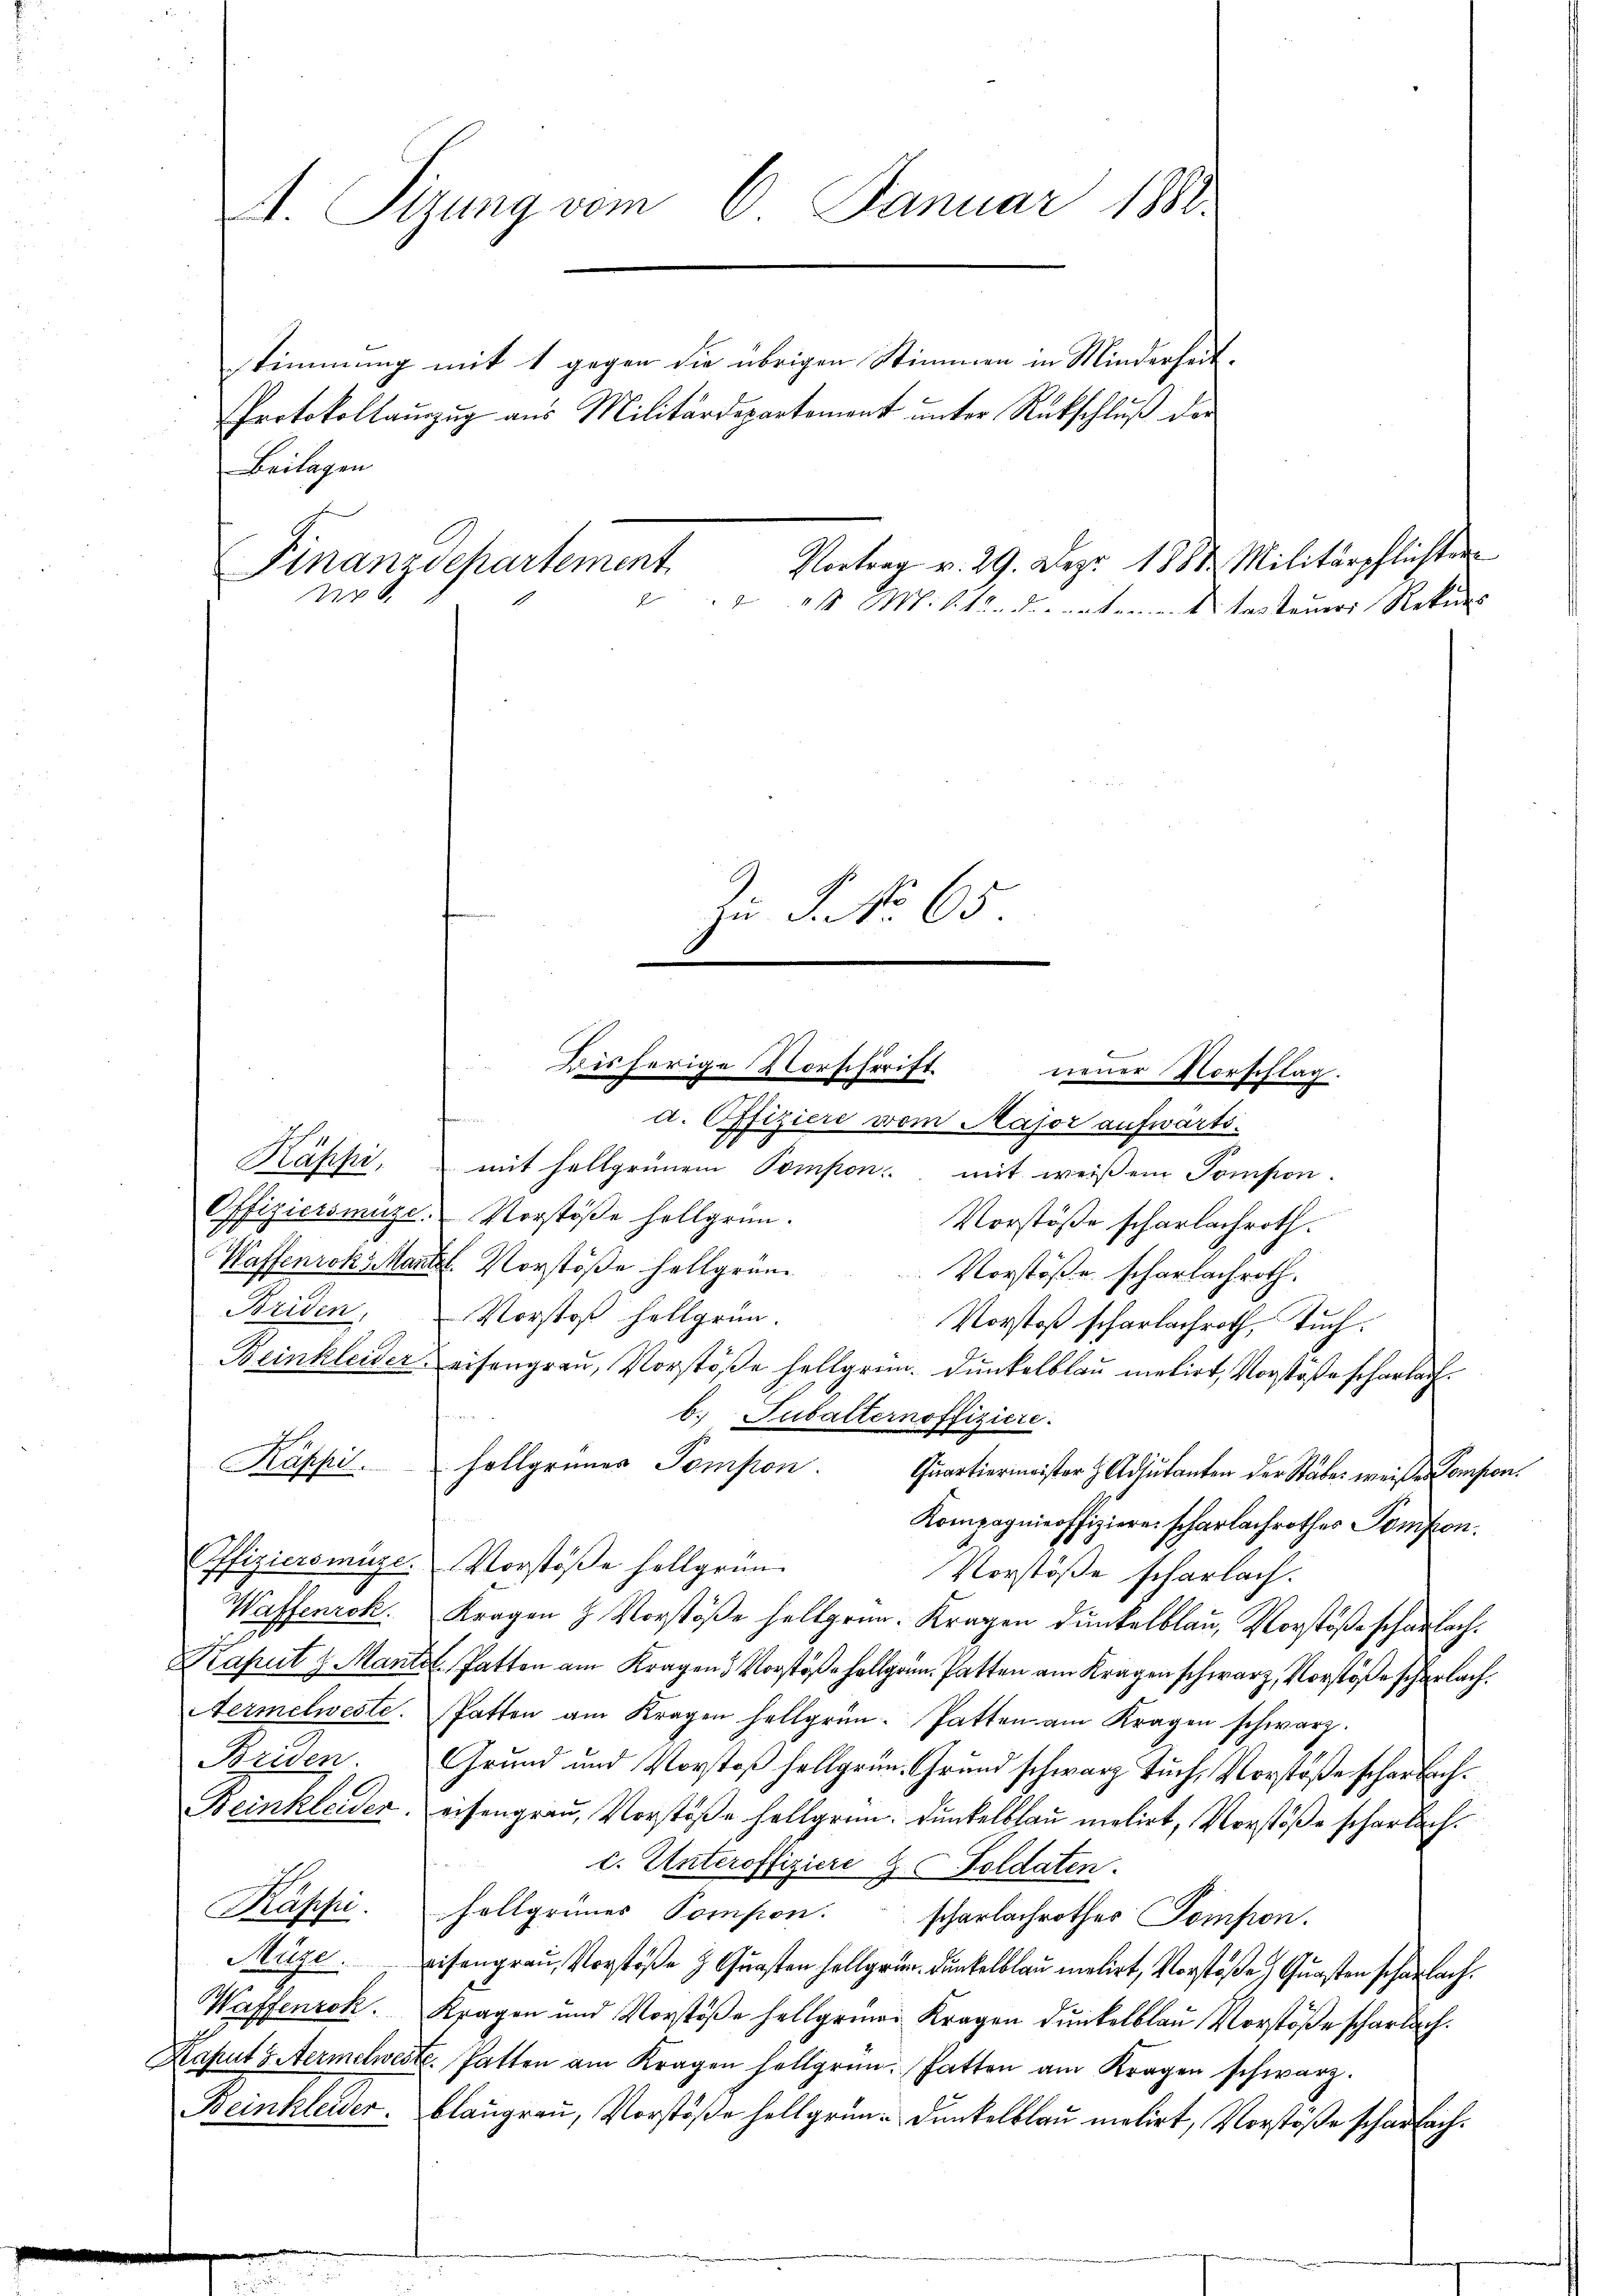
Kapsi.

A. Sizung vom 6. Januar 1888.
Protokollauzug aus Militärdepartement unter Rückschluß der
Beilagen
Vortrag v. 29. Dez. 1888 Militärpflichter
Finanzdepartement
R
1 M. Stunderentement testeuer Rekurs

Briden,

Briden

Zu §. No 65.

Käppi, mit hellgrünem Pompon mit weißem Pompion.
Offiziersmüze. Vorstöße hellgrün¬
Vorstöße scharlachroth.
Waffenrok, Mantel. Vorstöße hellgrün¬
Vorstöße scharlachroth.
Vorstoß hellgrün¬
Vorstoß scharlachroth, Tuch.
Beinkleider eisengrau, Vorstöße hellgrün Dunkelblau melirt, Vorstoße scharlach
b. Subalternoffiziere.
Káppi.  Hollgrünes Pompion. Quartiermeister z. Adjutanten der Stäbe weiße Compon¬
Kompagnieoffiziere scharlachrother Pompon.
Offiziersmüze: Vorstöße hellgrün¬
Vorstöße scharlach.
Waffenrok. Kragen H. Vorstöße hellgrün- Kragen dunkelblau, Vorstöße scharlach.
Kaput z. Mantet hatten am Kragen Vorstöβe hollgan. Patten am Kragen schwarz, Vorstöße scherlach.
Aermelweste. Patten am Kragen hellgrün- Patten am Kragen schwarz.
Grund und Vorstoß hellgrün Grund schwarz Tuch, Vorstöße schon Bach¬
Beinkleider. eisengrau, Vorstöße hellgrün- Dunkelblau melirt, Vorstöße scharlach.
c. Unteroffiziere Foldaten.
hellgrünes Pomson scharlachrothes Pompon.
Müge. Eisengrau, Vorstöße u Gunsten hellgrün dunkelblau melirt, Vorstoße, Quasten scharlach.
Waffenrok. Kragen und Vorstöβe hellgemein Kragen dunkelblau Vorstöβe scharlach.
Kaput 8 Aermelweste. Patten am Kragen hellgrün- hatten am Kragen schwarz.
Beinkleider. Bläugrau, Vorstöße hellgrün- Dunkelblau melirt, Vorstöße scharlach¬

stimmung mit 1 gegen die übrigen Stimmen in Minderheit¬

Bisherige Vorschrift neuer Vorschlag.
a. Offiziere vom Major aufwärts.